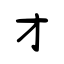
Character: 才